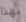
بهذا